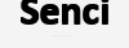
Senci